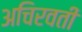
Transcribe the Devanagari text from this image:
अचिरवती